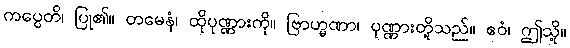
ကပ္ပေတိ၊ ပြု၏။ တမေနံ၊ ထိုပုဏ္ဏားကို။ ဗြာဟ္မဏာ၊ ပုဏ္ဏားတို့သည်။ ဧဝံ၊ ဤသို့။